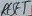
Text: RESET